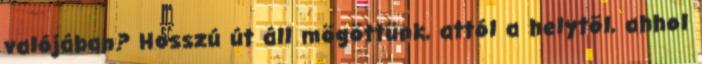
valójában? Hosszú út áll mögöttünk, attól a helytõl, ahhol